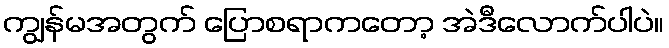
ကျွန်မအတွက် ပြောစရာကတော့ အဲဒီလောက်ပါပဲ။